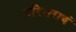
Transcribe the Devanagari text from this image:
परिसराचं